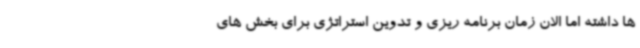
ها داشته اما الان زمان برنامه ریزی و تدوین استراتژی برای بخش های